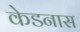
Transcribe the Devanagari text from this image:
केडनास